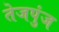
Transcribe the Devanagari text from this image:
तेजपुंज